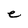
Character: e